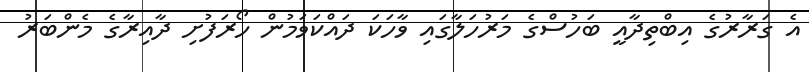
އެ ގަރާރުގެ އިބްތިދާއީ ބަހުސްގެ މަރުހަލާގައި ވާހަކަ ދައްކަވަމުން ހޯރަފުށި ދާއިރާގެ މެންބަރު